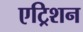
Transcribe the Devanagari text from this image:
एट्रिशन